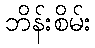
ဘိန်းစိမ်း